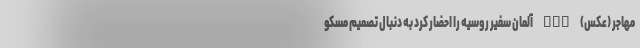
مهاجر (عکس) nan آلمان سفیر روسیه را احضار کرد به دنبال تصمیم مسکو